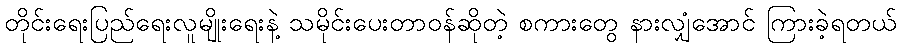
တိုင်းရေးပြည်ရေးလူမျိုးရေးနဲ့ သမိုင်းပေးတာဝန်ဆိုတဲ့ စကားတွေ နားလျှံအောင် ကြားခဲ့ရတယ်